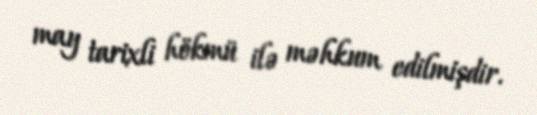
may tarixli hökmü ilə məhkum edilmişdir.